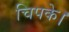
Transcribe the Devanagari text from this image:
चिपके।